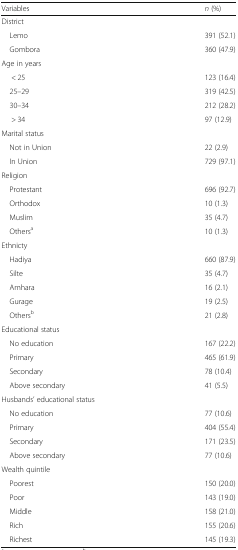
<table><thead><tr><td><b>Variables</b></td><td><b><i>n</i> (%)</b></td></tr></thead><tbody><tr><td colspan="2">District</td></tr><tr><td> Lemo</td><td>391 (52.1)</td></tr><tr><td> Gombora</td><td>360 (47.9)</td></tr><tr><td colspan="2">Age in years</td></tr><tr><td>&lt; 25</td><td>123 (16.4)</td></tr><tr><td> 25–29</td><td>319 (42.5)</td></tr><tr><td> 30–34</td><td>212 (28.2)</td></tr><tr><td>&gt; 34</td><td>97 (12.9)</td></tr><tr><td colspan="2">Marital status</td></tr><tr><td> Not in Union</td><td>22 (2.9)</td></tr><tr><td> In Union</td><td>729 (97.1)</td></tr><tr><td colspan="2">Religion</td></tr><tr><td> Protestant</td><td>696 (92.7)</td></tr><tr><td> Orthodox</td><td>10 (1.3)</td></tr><tr><td> Muslim</td><td>35 (4.7)</td></tr><tr><td> Others<sup>a</sup></td><td>10 (1.3)</td></tr><tr><td colspan="2">Ethnicty</td></tr><tr><td> Hadiya</td><td>660 (87.9)</td></tr><tr><td> Silte</td><td>35 (4.7)</td></tr><tr><td> Amhara</td><td>16 (2.1)</td></tr><tr><td> Gurage</td><td>19 (2.5)</td></tr><tr><td> Others<sup>b</sup></td><td>21 (2.8)</td></tr><tr><td colspan="2">Educational status</td></tr><tr><td> No education</td><td>167 (22.2)</td></tr><tr><td> Primary</td><td>465 (61.9)</td></tr><tr><td> Secondary</td><td>78 (10.4)</td></tr><tr><td> Above secondary</td><td>41 (5.5)</td></tr><tr><td colspan="2">Husbands’ educational status</td></tr><tr><td> No education</td><td>77 (10.6)</td></tr><tr><td> Primary</td><td>404 (55.4)</td></tr><tr><td> Secondary</td><td>171 (23.5)</td></tr><tr><td> Above secondary</td><td>77 (10.6)</td></tr><tr><td colspan="2">Wealth quintile</td></tr><tr><td> Poorest</td><td>150 (20.0)</td></tr><tr><td> Poor</td><td>143 (19.0)</td></tr><tr><td> Middle</td><td>158 (21.0)</td></tr><tr><td> Rich</td><td>155 (20.6)</td></tr><tr><td> Richest</td><td>145 (19.3)</td></tr></tbody></table>